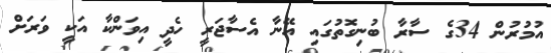
އުމުރުން 34ގެ ސާރާ ބުނިގޮތުގައި އޭނާ އެސާޖަރީ ހެދީ އިވަންކާ އަކީ ވަރަށް